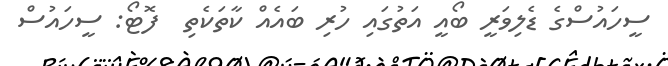
ސީހައުސްގެ ޑެލިވަރީ ބޯއީ އަތުގައި ހުރި ބައެއް ކާތަކެތި  ފޮޓޯ: ސީހައުސް